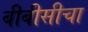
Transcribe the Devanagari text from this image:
बीबीसीचा